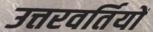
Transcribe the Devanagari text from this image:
उत्तरवर्तियों